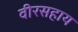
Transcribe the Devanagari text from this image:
वीरसहाय